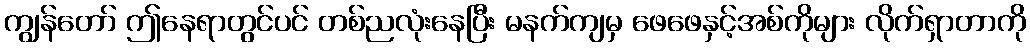
ကျွန်တော် ဤနေရာတွင်ပင် တစ်ညလုံးနေပြီး မနက်ကျမှ ဖေဖေနှင့်အစ်ကိုများ လိုက်ရှာတာကို